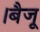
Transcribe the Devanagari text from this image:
।बैजू